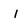
Character: l